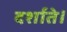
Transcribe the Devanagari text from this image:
दर्शाते।